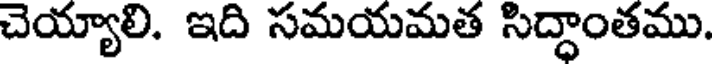
చెయ్యాలి. ఇది సమయమత సిద్ధాంతము.